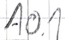
Text: A0.1